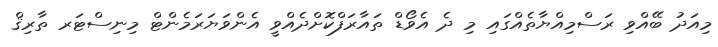
މިއަދު ބޭއްވި ރަސްމިއްޔާތެއްގައި މި ދެ އެވޯޑް ތައާރަފްކޮށްދެއްވީ އެންވަޔަރަމެންޓް މިނިސްޓަރ ތާރިޤް